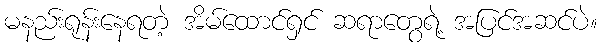
မနည်းရုန်းနေရတဲ့ အိမ်ထောင်ရှင် ဆရာတွေရဲ့ အပြင်အဆင်ပဲ။